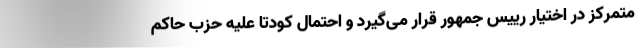
متمرکز در اختیار رییس جمهور قرار می­گیرد و احتمال کودتا علیه حزب حاکم